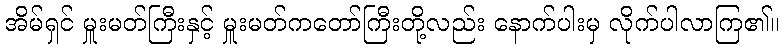
အိမ်ရှင် မှူးမတ်ကြီးနှင့် မှူးမတ်ကတော်ကြီးတို့လည်း နောက်ပါးမှ လိုက်ပါလာကြ၏။